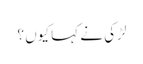
لڑکی نے کہا کیوں ؟